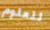
للعلوم